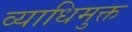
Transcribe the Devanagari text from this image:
व्याधिमुक्त